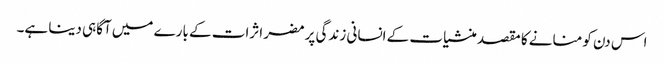
اس دن کو منانے کا مقصد منشیات کے انسانی زندگی پر مضر اثرات کے بارے میں آگاہی دینا ہے۔